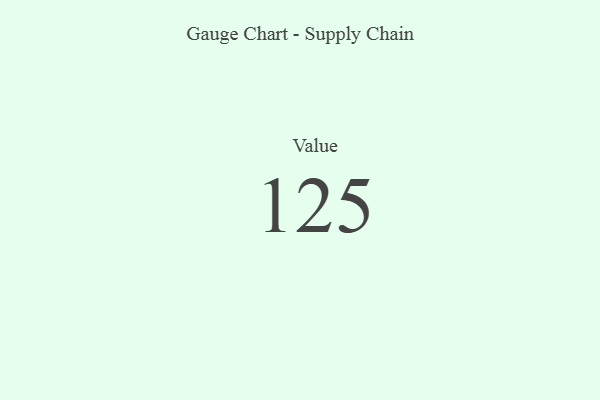
{"axis": {"x": "Metric", "y": "Value"}, "legend": [""], "data": [{"x": "Value", "y": 125, "type": ""}]}